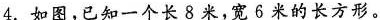
4.如图，已知一个长8米，宽6米的长方形。